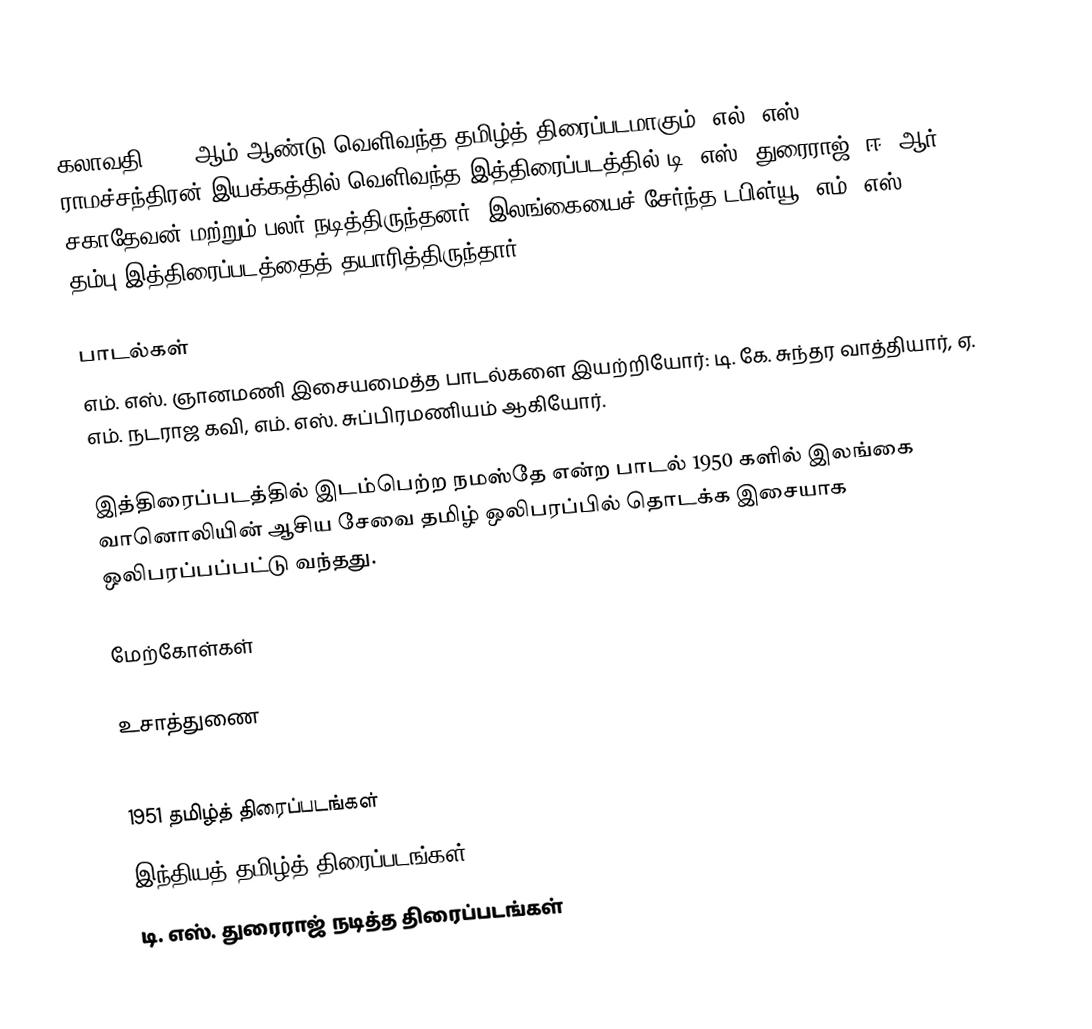
கலாவதி 1951 ஆம் ஆண்டு வெளிவந்த தமிழ்த் திரைப்படமாகும். எல். எஸ். ராமச்சந்திரன் இயக்கத்தில் வெளிவந்த இத்திரைப்படத்தில் டி. எஸ். துரைராஜ், ஈ. ஆர். சகாதேவன் மற்றும் பலர் நடித்திருந்தனர். இலங்கையைச் சேர்ந்த டபிள்யூ. எம். எஸ். தம்பு இத்திரைப்படத்தைத் தயாரித்திருந்தார்.

பாடல்கள்
எம். எஸ். ஞானமணி இசையமைத்த பாடல்களை இயற்றியோர்: டி. கே. சுந்தர வாத்தியார், ஏ. எம். நடராஜ கவி, எம். எஸ். சுப்பிரமணியம் ஆகியோர்.

இத்திரைப்படத்தில் இடம்பெற்ற நமஸ்தே என்ற பாடல் 1950 களில் இலங்கை வானொலியின் ஆசிய சேவை தமிழ் ஒலிபரப்பில் தொடக்க இசையாக ஒலிபரப்பப்பட்டு வந்தது.

மேற்கோள்கள்

உசாத்துணை

1951 தமிழ்த் திரைப்படங்கள்
இந்தியத் தமிழ்த் திரைப்படங்கள்
டி. எஸ். துரைராஜ் நடித்த திரைப்படங்கள்